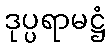
ဒုပ္ပရာမဋ္ဌံ